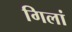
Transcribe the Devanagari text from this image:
गिलां